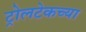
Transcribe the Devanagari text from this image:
ट्रोलटेकच्या